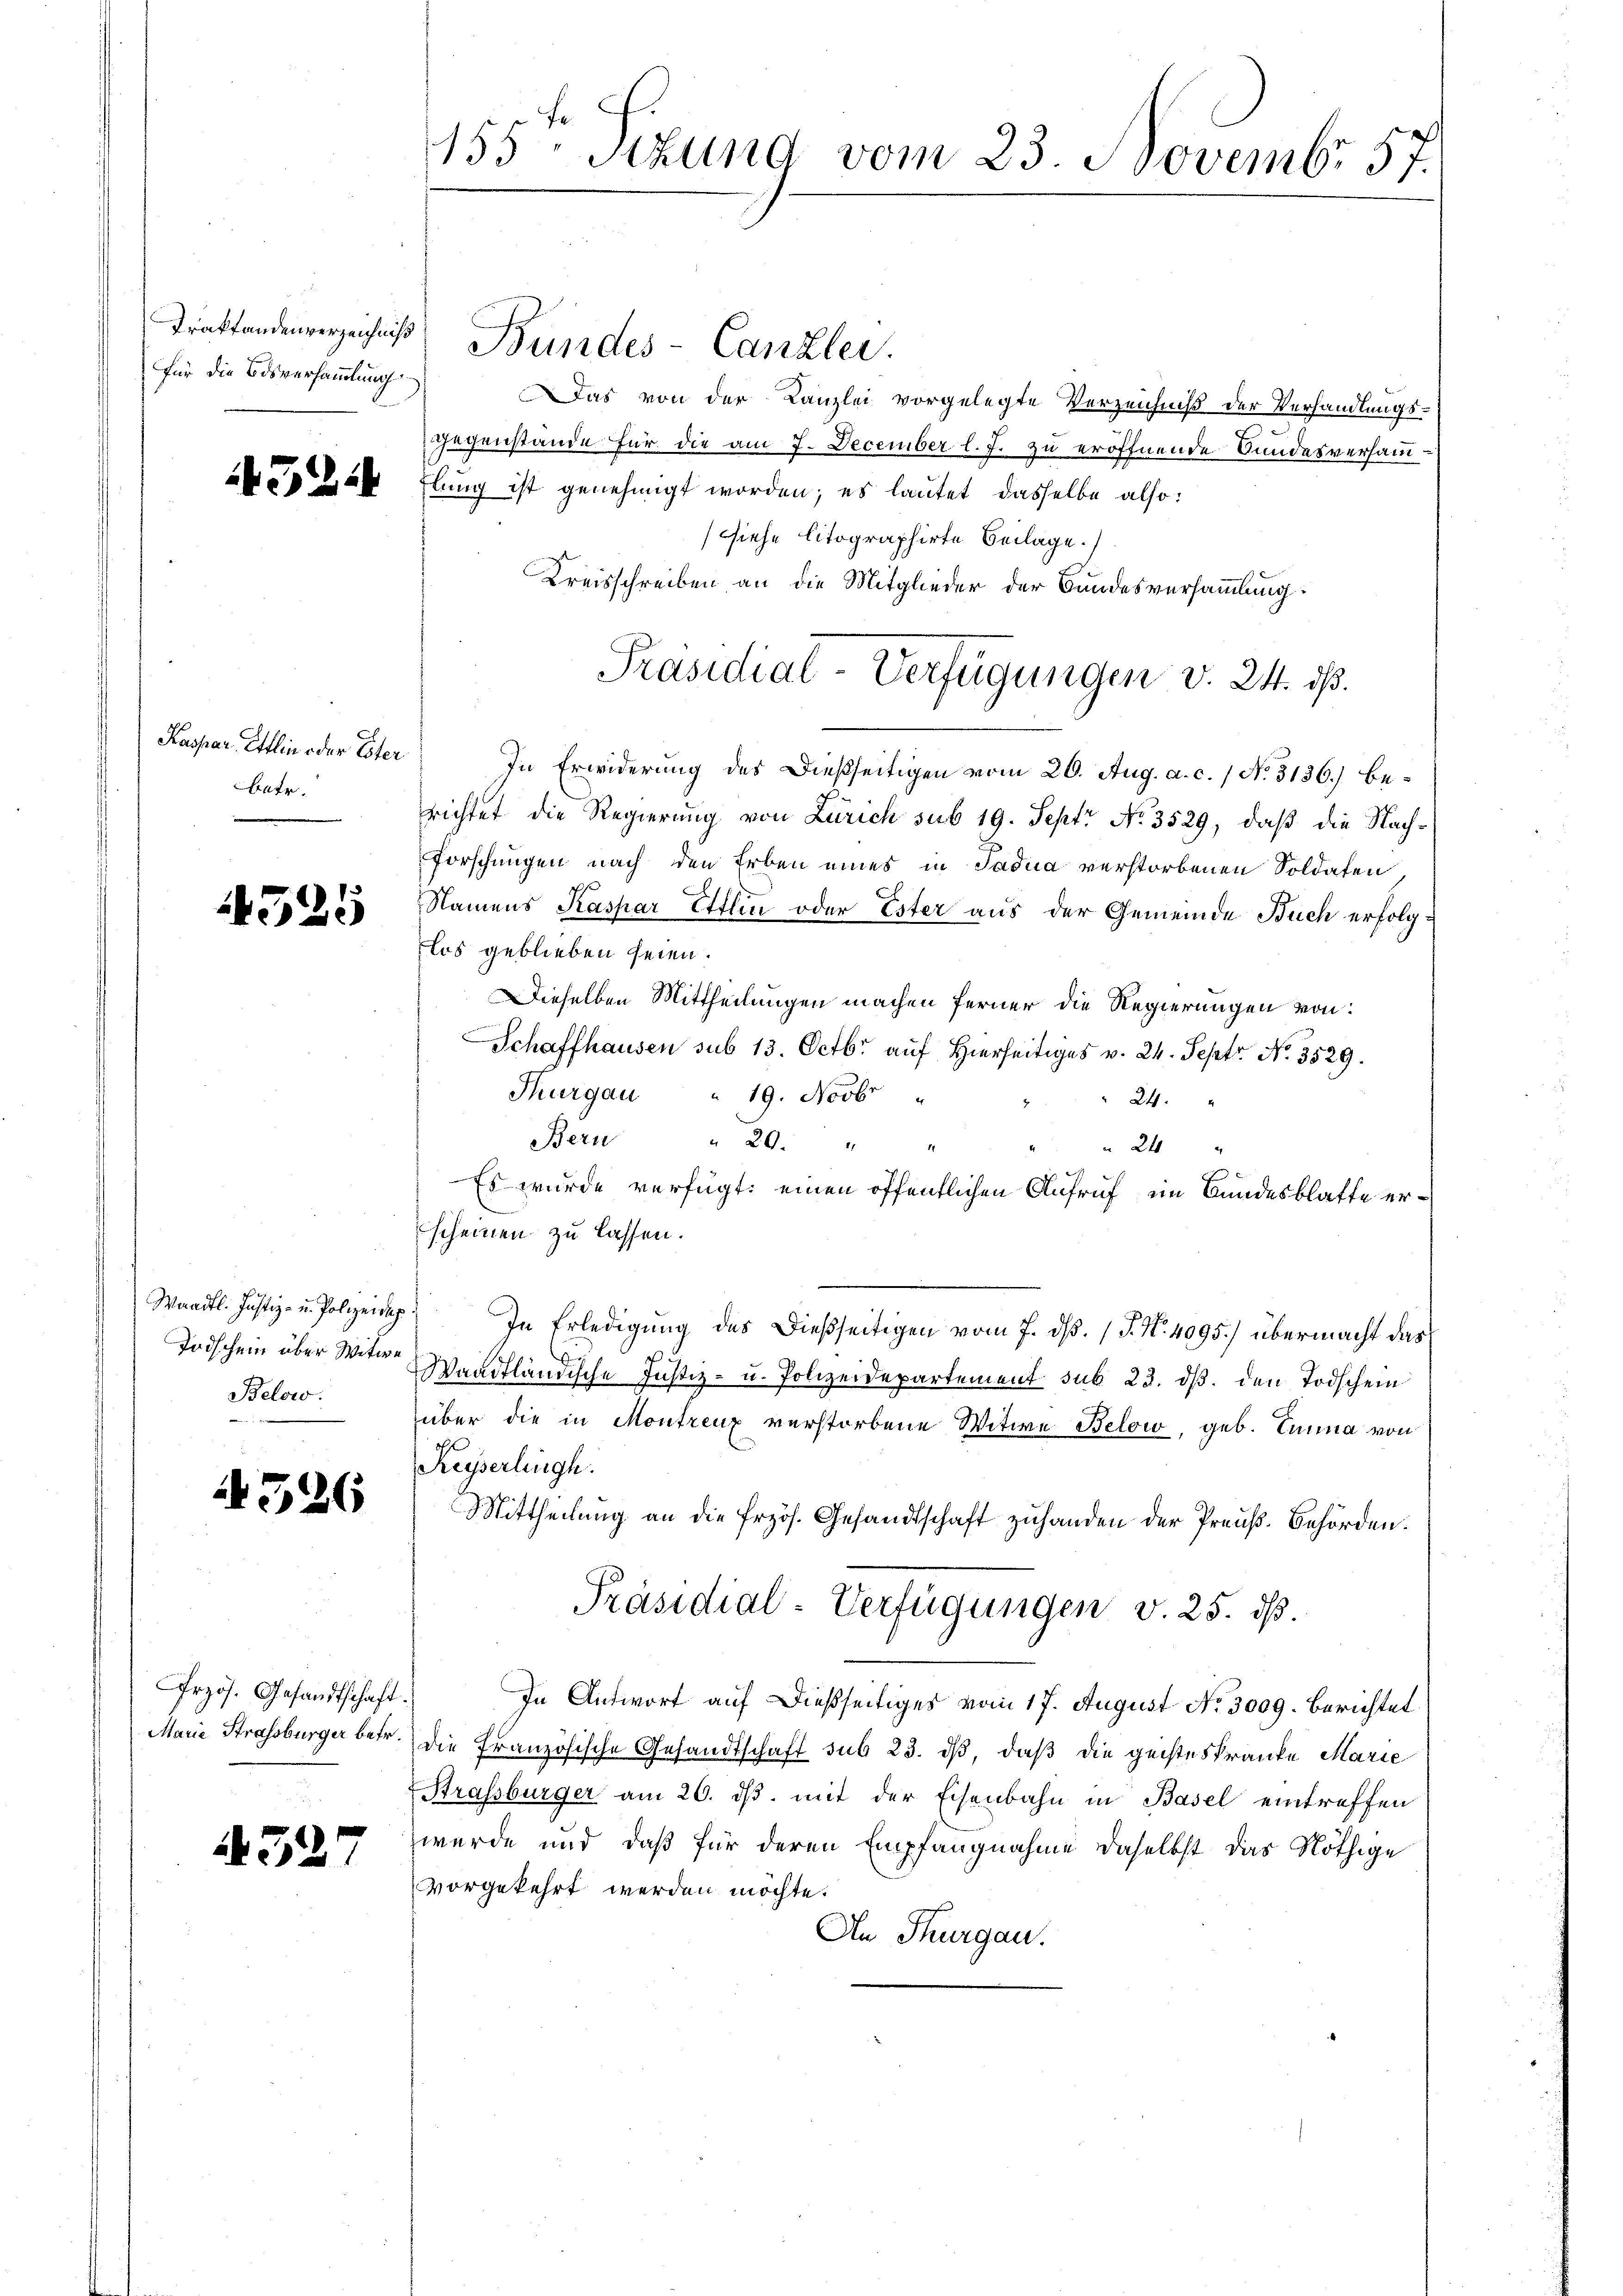
für die Bisversammlung

432.

Kaspar, Ettlin oder Ester
betr.

4525

326

4327

Todschein über Witwe
Below.

Przös. Gesandtschaft.

155ten Sizung vom 23. Novemb. 57.

as von der Kanzlei vorgelegte Verzeichniß der Verhandlungs-
Gegenstande für die am 7. December l. J. zu eröffnende Sandesversammlung ist genehmigt worden; es lautet dasselbe also:
(siehe litographirte Beilage.
Kreisschreiben an die Mitglieder der Bundesversammlung:
In Erwiderung des Dießseitigen vom 20. Aug. a. c. / No. 3136) berichtet die Regierung von Zürich sub 19. Sept No. 3529, daß die Nach¬
Forschungen nach den Erben eines in Sadua verstorbenen Soldaten
Namens Kaspar Ettlin oder Ester aus der Gemeinde Buch erfolglos geblieben seien.
Dieselben Mittheilungen machen ferner die Regierungen von:
Schaffhausen sub 13. Octbr. auf Hierseitiges v. 24. Sept No. 3529.
Thurgau " 19. Novbr "
24.
Bern " 20. " "
24
Es wurde verfügt: einen öffentlichen Aufruf im Bundesblatte erscheinen zu lassen.
Waadt. Justiz- u. Polizei. In Erledigŭng des dießseitigen vom 7. dβ. (T. N. 4095) übermacht das
u
Waadtländische Justiz- u. Polizeidepartement sub 23. dβ. den Todschein
über die in Montrenz verstorbene Witwe Below, geb. Einna von
Kayserlingh
Mittheilung an die Erzös. Gesandtschaft zuhanden der Preuß. Behörden.
Präsidial-Verfügungen v. 25. ds.
In Antwort auf dießseitiges vom 17. August No. 3009. berichtet
Marie Strassburger betr. die französische Gesandtschaft sub 23. dβ, daß die geisteskranke Marie
Strassburger am 20. ds. mit der Eisenbahn in Basel eintreffen
werde und daß für deren Empfangnahme daselbst das Nöthige
vorgekehrt werden möchte.
An Thurgau.

Traktandenverzeichnis Bundes-Canzler.

Präsidial-Verfügungen v. 24. ds.